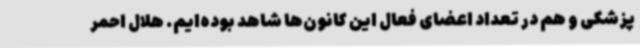
پزشکی و هم در تعداد اعضای فعال این کانون‌ها شاهد بوده‌ایم. هلال احمر